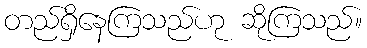
တည်ရှိနေကြသည်ဟု ဆိုကြသည်။